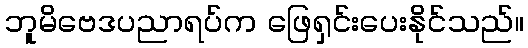
ဘူမိဗေဒပညာရပ်က ဖြေရှင်းပေးနိုင်သည်။